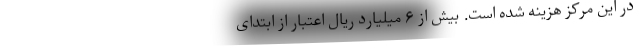
در این مرکز هزینه شده است. بیش از ۶ میلیارد ریال اعتبار از ابتدای